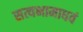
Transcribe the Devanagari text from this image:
सत्यभामाधवं